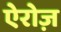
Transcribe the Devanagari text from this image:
ऐरोज़